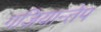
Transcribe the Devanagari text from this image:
गज़ियान्तेप